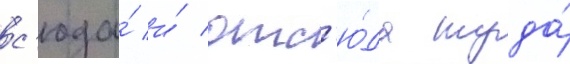
с'юда́ и́ отс'ю́да туда́